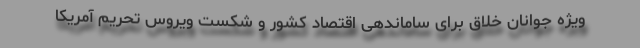
ویژه جوانان خلاق برای ساماندهی اقتصاد کشور و شکست ویروس تحریم آمریکا